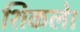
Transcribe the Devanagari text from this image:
शिकले।